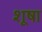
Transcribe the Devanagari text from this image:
शूषा